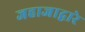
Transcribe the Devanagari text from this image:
जहाजाद्वारे